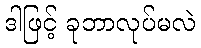
ဒါဖြင့် ခုဘာလုပ်မလဲ